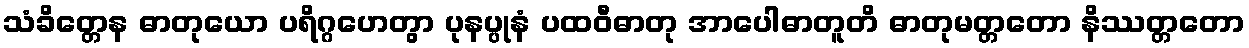
သံခိတ္တေန ဓာတုယော ပရိဂ္ဂဟေတွာ ပုနပ္ပုနံ ပထဝီဓာတု အာပေါဓာတူတိ ဓာတုမတ္တတော နိဿတ္တတော